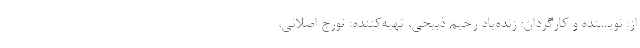
از: نویسنده و کارگردان: زنده‌یاد رحیم ذبیحی، تهیه‌کننده: تورج اصلانی،